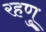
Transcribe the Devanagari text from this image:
रहणु